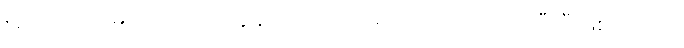
ရဲ့ အကျိုးအမြတ်ကိုတော့ ကျွန်တော် အပေါ်မှာလည်းပြောထားပြီးပြီ ဖြစ်ပါတယ်။